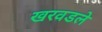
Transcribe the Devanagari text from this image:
खरवडले